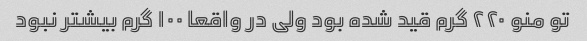
تو منو ٢٢٠ گرم قید شده بود ولی در واقعا ١٠٠ گرم بیشتر نبود